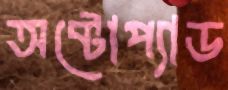
অক্টোপ্যাড